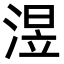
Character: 𣸭